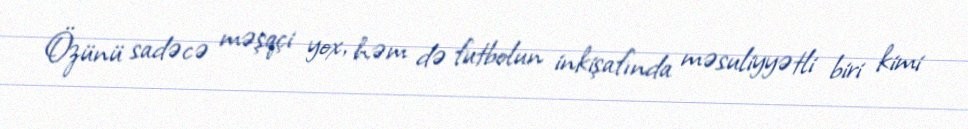
Özünü sadəcə məşqçi yox, həm də futbolun inkişafında məsuliyyətli biri kimi